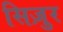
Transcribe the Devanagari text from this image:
सिज़ुर